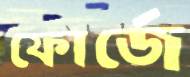
ফোর্জে